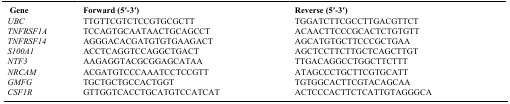
| Gene | Forward (5′-3′) | Reverse (5′-3′) |
 | --- | --- | --- |
 | UBC | TTGTTCGTCTCCGTGCGCTT | TGGATCTTCGCCTTGACGTTCT |
 | TNFRSF1A | TCCAGTGCAATAACTGCAGCCT | ACAACTTCCCGCACTCTGTGTT |
 | TNFRSF14 | AGGGACACGATGTGTGAAGACT | AGCATGTGCTTCCCGCTGAA |
 | S100A1 | ACCTCAGGTCCAGGCTGACT | AGCTCCTTCTTGCTCAGCTTGT |
 | NTF3 | AAGAGGTACGCGGAGCATAA | TTGACAGGCCTGGCTTCTTT |
 | NRCAM | ACGATGTCCCAAATCCTCCGTT | ATAGCCCTGCTTCGTGCATT |
 | GMFG | TGCTGCTGCCACTGGT | TGTGGCACTTCGTACAGCAA |
 | CSF1R | GTTGGTCACCTGCATGTCCATCAT | ACTCCCACTTCTCATTGTAGGGCA |